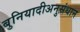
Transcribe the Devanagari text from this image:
बुनियादीअनुसंधान